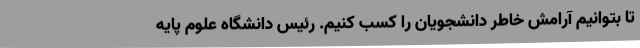
تا بتوانیم آرامش خاطر دانشجویان را کسب کنیم. رئیس دانشگاه علوم پایه